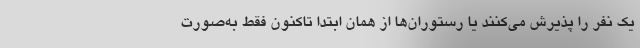
یک نفر را پذیرش می‌کنند یا رستوران‌ها از همان ابتدا تاکنون فقط به‌صورت